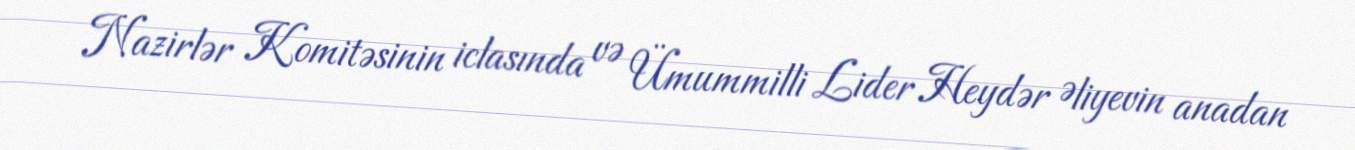
Nazirlər Komitəsinin iclasında və Ümummilli Lider Heydər Əliyevin anadan